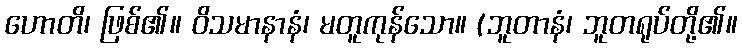
ဟောတိ၊ ဖြစ်၏။ ဝိသမာနာနံ၊ မတူကုန်သော။ (ဘူတာနံ၊ ဘူတရုပ်တို့၏။